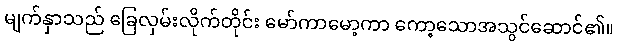
မျက်နှာသည် ခြေလှမ်းလိုက်တိုင်း မော်ကာမော့ကာ ကော့သောအသွင်ဆောင်၏။